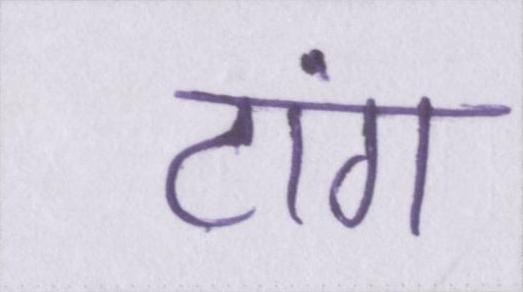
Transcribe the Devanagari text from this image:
टांग